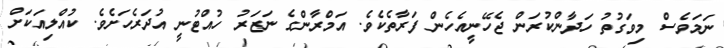
ނަމަވެސް މިވަގުތު ހަދާންކުރަން ޖެހޭނީއެހެން ފަރާތެކެވެ. އަމްރާންގެ ނަޒަރު ހުއްޓުނީ އުދަރެހަށެވެ. ކުއްލިއަކަށް